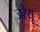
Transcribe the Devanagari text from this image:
जरेयू